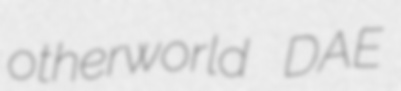
otherworld DAE